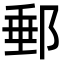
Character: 郵